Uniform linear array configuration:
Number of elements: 24
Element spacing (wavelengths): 0.5
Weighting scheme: cosine
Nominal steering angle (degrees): -60
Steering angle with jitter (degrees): -60.483
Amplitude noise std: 0.05
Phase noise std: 0.05

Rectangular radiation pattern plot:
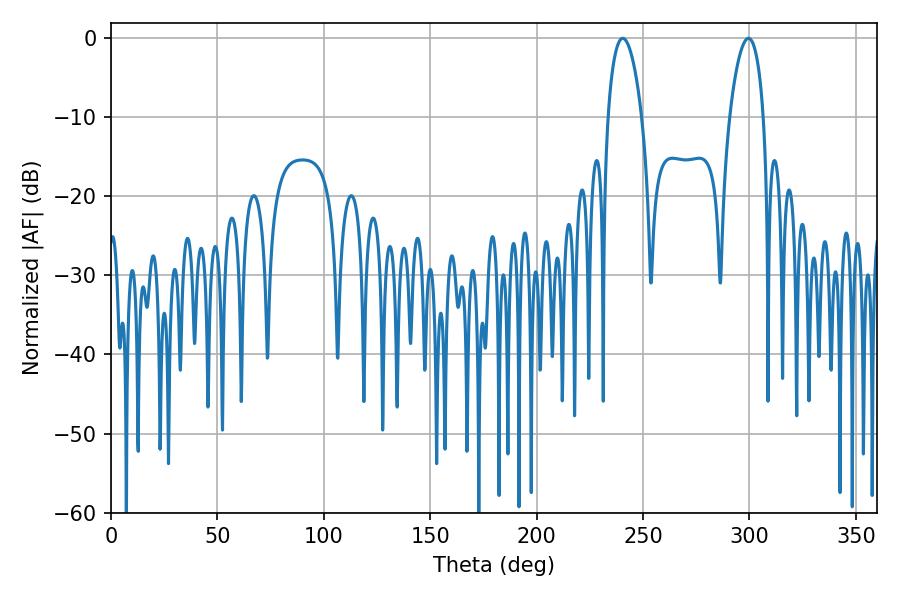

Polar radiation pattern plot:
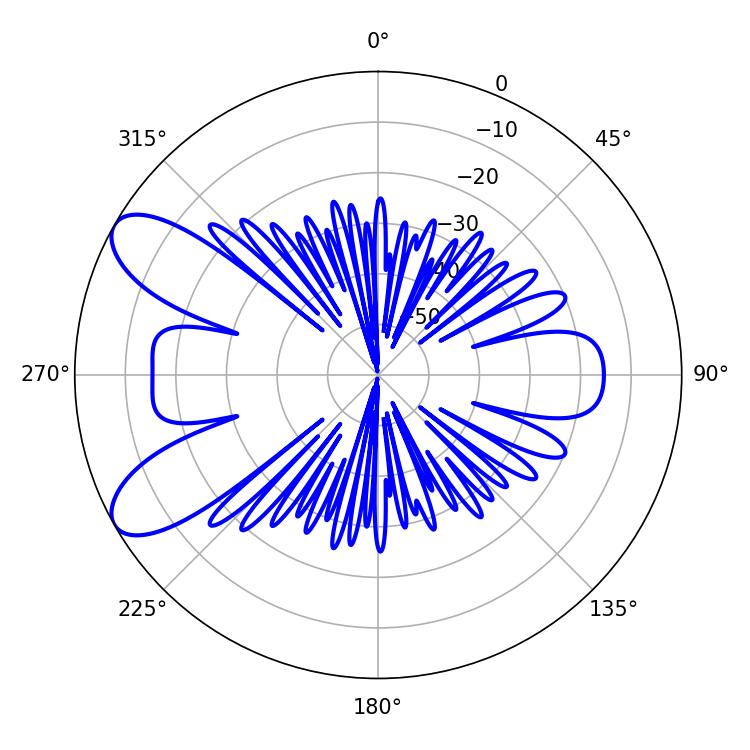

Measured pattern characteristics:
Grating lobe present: FALSE
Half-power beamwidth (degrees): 9
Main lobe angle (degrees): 299.52